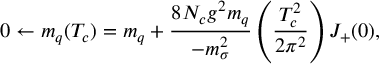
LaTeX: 0 \leftarrow m _ { q } ( T _ { c } ) = m _ { q } + \frac { 8 N _ { c } g ^ { 2 } m _ { q } } { - m _ { \sigma } ^ { 2 } } \left( \frac { T _ { c } ^ { 2 } } { 2 \pi ^ { 2 } } \right) J _ { + } ( 0 ) ,